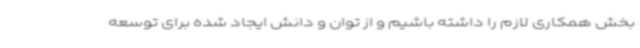
بخش همکاری لازم را داشته باشیم و از توان و دانش ایجاد شده برای توسعه